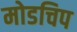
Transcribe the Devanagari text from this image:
मोडचिप